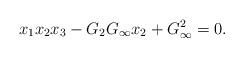
LaTeX: \begin{align*}x_1x_2x_3 -G_2 G_\infty x_2 + G_\infty^2=0.\end{align*}